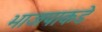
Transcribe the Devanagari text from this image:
भाजपाकडे